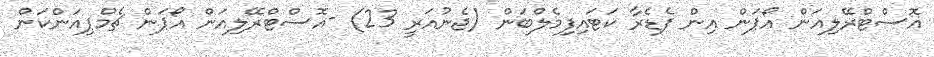
އޮސްޓްރޭލިއަން އޯޕަން އިން ފެޑެރާ ކަޓައިފިމެލްބަން (ޖެނުއަރީ 23) -އޮސްޓްރޭލިއަން އޯޕަން ޗެމްޕިއަންކަން